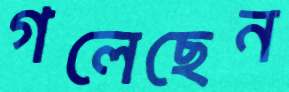
গলেছেন